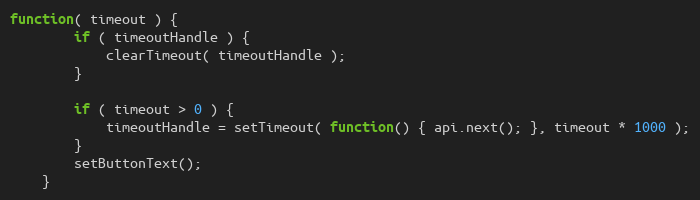
Language: JavaScript
function( timeout ) {
        if ( timeoutHandle ) {
            clearTimeout( timeoutHandle );
        }

        if ( timeout > 0 ) {
            timeoutHandle = setTimeout( function() { api.next(); }, timeout * 1000 );
        }
        setButtonText();
    }